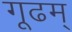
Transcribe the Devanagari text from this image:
गूढम्